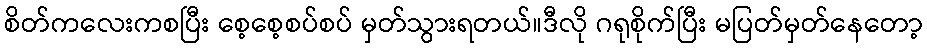
စိတ်ကလေးကစပြီး စေ့စေ့စပ်စပ် မှတ်သွားရတယ်။ဒီလို ဂရုစိုက်ပြီး မပြတ်မှတ်နေတော့